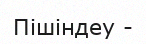
Пішіндеу -